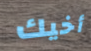
أخيك